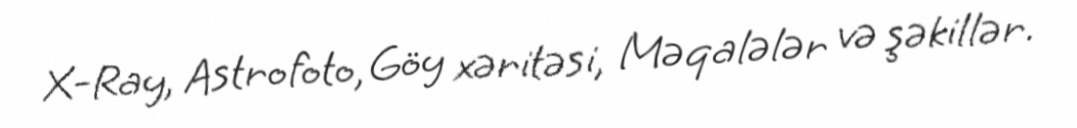
X-Ray, Astrofoto, Göy xəritəsi, Məqalələr və şəkillər.